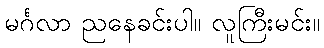
မင်္ဂလာ ညနေခင်းပါ။ လူကြီးမင်း။